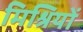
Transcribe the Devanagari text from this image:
मिश्रियों